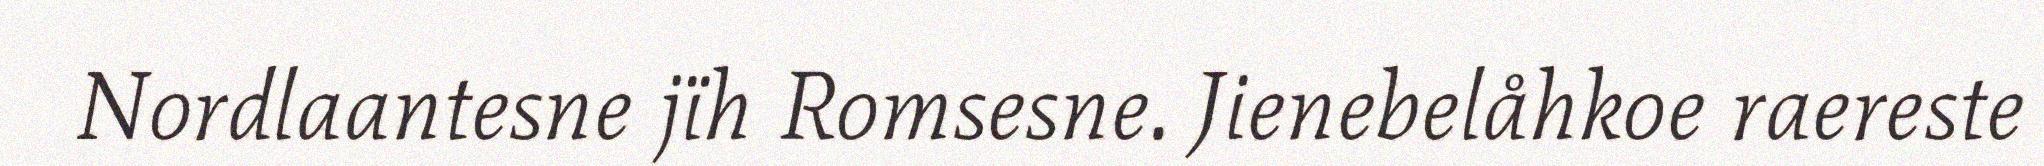
Nordlaantesne jïh Romsesne. Jienebelåhkoe raereste